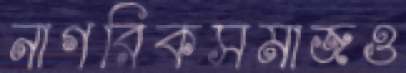
নাগরিকসমাজও